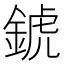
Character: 錿